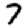
Digit: 7